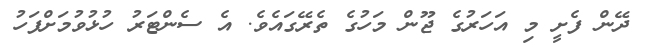
ދޭން ފެށީ މި އަހަރުގެ ޖޫން މަހުގެ ތެރޭގައެވެ. އެ ސެންޓަރު ހުޅުވުމަށްފަހު